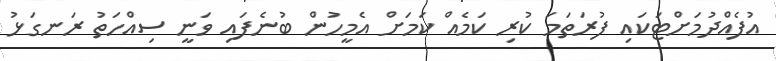
އުފެއްދުމަށްޓަކައި ފުރަތަމަ ކުރި ކަމެއް ކަމަށް އެމީހުން ބުނެފައި ވަނީ ސިއްހަތު ރަނގަޅު